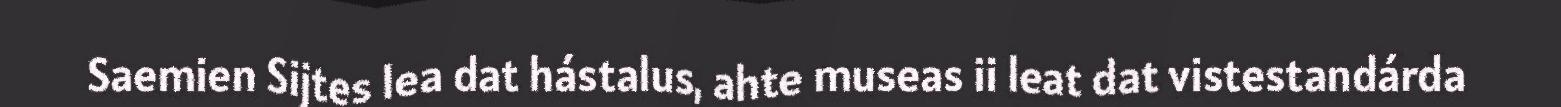
Saemien Sijtes lea dat hástalus, ahte museas ii leat dat vistestandárda